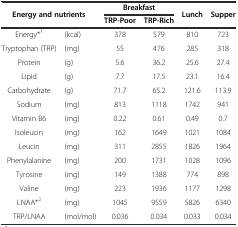
<table><thead><tr><td colspan="2"><b>Energy and nutrients</b></td><td colspan="2"><b>Breakfast</b></td><td><b>Lunch</b></td><td><b>Supper</b></td></tr><tr><td colspan="2"></td><td><b>TRP-Poor</b></td><td><b>TRP-Rich</b></td><td></td><td></td></tr></thead><tbody><tr><td>Energy*<sup>1</sup></td><td>(kcal)</td><td>378</td><td>579</td><td>810</td><td>723</td></tr><tr><td>Tryptophan (TRP)</td><td>(mg)</td><td>55</td><td>476</td><td>285</td><td>318</td></tr><tr><td>Protein</td><td>(g)</td><td>5.6</td><td>36.2</td><td>25.6</td><td>27.4</td></tr><tr><td>Lipid</td><td>(g)</td><td>7.7</td><td>17.5</td><td>23.1</td><td>16.4</td></tr><tr><td>Carbohydrate</td><td>(g)</td><td>71.7</td><td>65.2</td><td>121.6</td><td>113.9</td></tr><tr><td>Sodium</td><td>(mg)</td><td>813</td><td>1118</td><td>1742</td><td>941</td></tr><tr><td>Vitamin B6</td><td>(mg)</td><td>0.22</td><td>0.61</td><td>0.49</td><td>0.7</td></tr><tr><td>Isoleucin</td><td>(mg)</td><td>162</td><td>1649</td><td>1021</td><td>1084</td></tr><tr><td>Leucin</td><td>(mg)</td><td>311</td><td>2855</td><td>1826</td><td>1964</td></tr><tr><td>Phenylalanine</td><td>(mg)</td><td>200</td><td>1731</td><td>1028</td><td>1096</td></tr><tr><td>Tyrosine</td><td>(mg)</td><td>149</td><td>1388</td><td>774</td><td>898</td></tr><tr><td>Valine</td><td>(mg)</td><td>223</td><td>1936</td><td>1177</td><td>1298</td></tr><tr><td>LNAA*<sup>2</sup></td><td>(mg)</td><td>1045</td><td>9559</td><td>5826</td><td>6340</td></tr><tr><td>TRP/LNAA</td><td>(mol/mol)</td><td>0.036</td><td>0.034</td><td>0.033</td><td>0.034</td></tr></tbody></table>